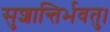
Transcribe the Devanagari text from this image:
सुशान्तिर्भवतु।